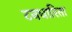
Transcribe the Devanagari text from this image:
टनधारिता